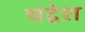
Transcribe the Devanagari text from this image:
चंद्रेश